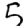
Digit: 5